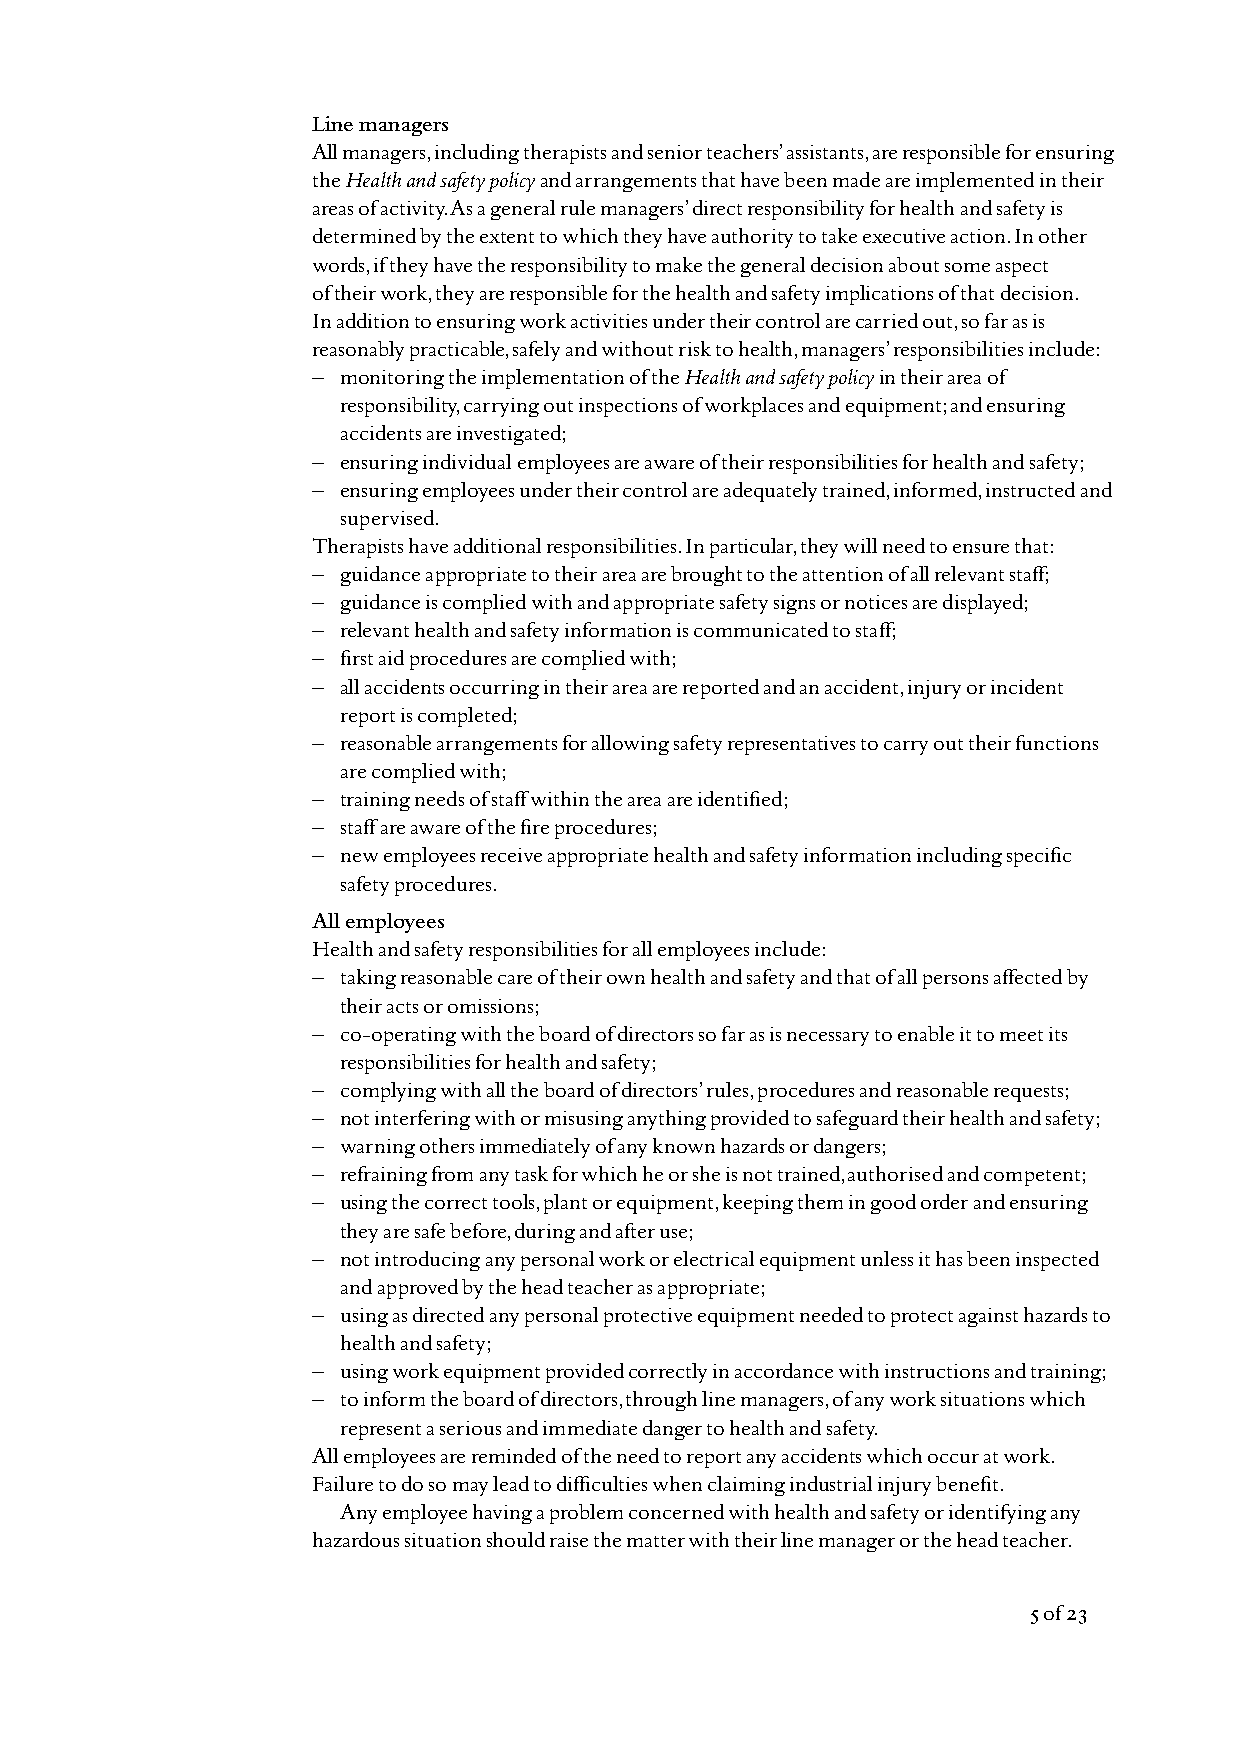
Line managers
 All managers, including therapists and senior teachers’ assistants, are responsible for ensuring
 the Health and safety policyand arrangements that have been made are implemented in their
 areas of activity. As a general rule managers’ direct responsibility for health and safety is
 determined by the extent to which they have authority to take executive action. In other
 words, if they have the responsibility to make the general decision about some aspect
 of their work, they are responsible for the health and safety implications of that decision.
 In addition to ensuring work activities under their control are carried out, so far as is
 reasonably practicable, safely and without risk to health, managers’ responsibilities include:
 – monitoring the implementation of the Health and safety policyin their area of
 responsibility, carrying out inspections of workplaces and equipment; and ensuring
 accidents are investigated;
 – ensuring individual employees are aware of their responsibilities for health and safety;
 – ensuring employees under their control are adequately trained, informed, instructed and
 supervised.
 Therapists have additional responsibilities. In particular, they will need to ensure that:
 – guidance appropriate to their area are brought to the attention of all relevant staff;
 – guidance is complied with and appropriate safety signs or notices are displayed;
 – relevant health and safety information is communicated to staff;
 – first aid procedures are complied with;
 – all accidents occurring in their area are reported and an accident, injury or incident
 report is completed;
 – reasonable arrangements for allowing safety representatives to carry out their functions
 are complied with;
 – training needs of staff within the area are identified;
 – staff are aware of the fire procedures;
 – new employees receive appropriate health and safety information including specific
 safety procedures.
 All employees
 Health and safety responsibilities for all employees include:
 – taking reasonable care of their own health and safety and that of all persons affected by
 their acts or omissions;
 – co-operating with the board of directors so far as is necessary to enable it to meet its
 responsibilities for health and safety;
 – complying with all the board of directors’ rules, procedures and reasonable requests;
 – not interfering with or misusing anything provided to safeguard their health and safety;
 – warning others immediately of any known hazards or dangers;
 – refraining from any task for which he or she is not trained, authorised and competent;
 – using the correct tools, plant or equipment, keeping them in good order and ensuring
 they are safe before, during and after use;
 – not introducing any personal work or electrical equipment unless it has been inspected
 and approved by the head teacher as appropriate;
 – using as directed any personal protective equipment needed to protect against hazards to
 health and safety;
 – using work equipment provided correctly in accordance with instructions and training;
 – to inform the board of directors, through line managers, of any work situations which
 represent a serious and immediate danger to health and safety.
 All employees are reminded of the need to report any accidents which occur at work.
 Failure to do so may lead to difficulties when claiming industrial injury benefit.
 Any employee having a problem concerned with health and safety or identifying any
 hazardous situation should raise the matter with their line manager or the head teacher.
 5of 23